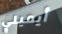
أيميلي